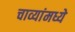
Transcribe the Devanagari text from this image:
चाव्यांमध्ये